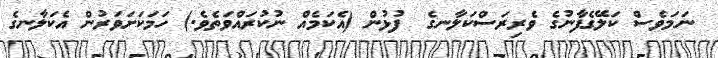
ނަމަވެސް ކަލޭގެފާނުގެ ވެރިރަސްކަލާނގެ  ފުޅުން (އެކަމެއް ނުކުރައްވަތެވެ.) ހަމަކަށަވަރުން އެކަލާނގެ